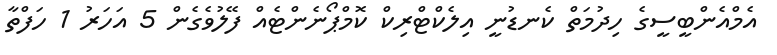
އެމްއެންބީސީގެ ހިދުމަތް ކެނޑުނީ އިލެކްޓްރިކް ކޮމްޕޯނެންޓެއް ފޭލުވެގެން 5 އަހަރު 1 ހަފްތާ